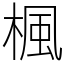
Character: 楓